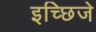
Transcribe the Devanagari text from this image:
इच्छिजे